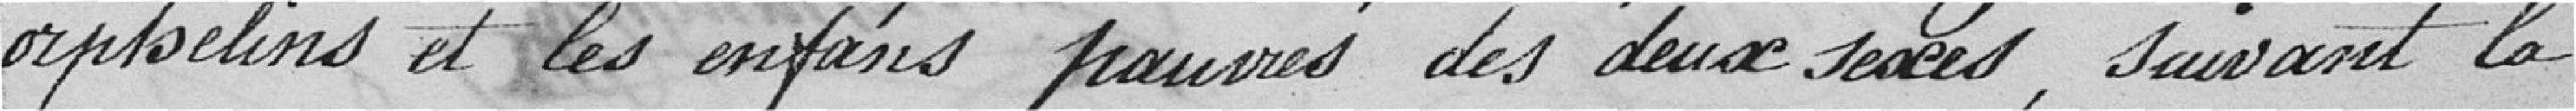
orphelins et les enfans pauvres des deux sexes, suivant